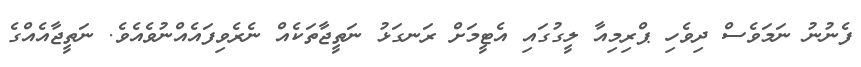
ފެނުނު ނަމަވެސް ދިވެހި ޕްރިމިއާ ލީގުގައި އެޓީމަށް ރަނގަޅު ނަތީޖާތަކެއް ނެރެވިފައެއްނުވެއެވެ. ނަތީޖާއެއްގެ